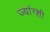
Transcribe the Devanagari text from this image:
ज्यांग्शी